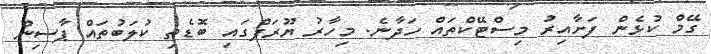
ގޭމް ކުޅެން ފަށާއިރު މިސްޓޭކްތައް ހަދާނެ. މިހާރު ޔޫރަޕްގައި ބޮޑެތި ކުލަބުތައް ޕާސިން